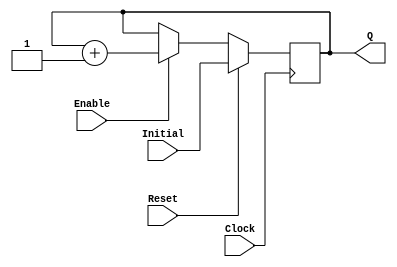
module UPCOUNTER_POSEDGE # (parameter SIZE=16)
(
input wire Clock, Reset,
input wire [SIZE-1:0] Initial,
input wire Enable,
output reg [SIZE-1:0] Q
);


  always @(posedge Clock )
  begin
      if (Reset)
        Q = Initial;
      else
		begin
		if (Enable)
			Q = Q + 1;
			
		end			
  end

endmodule